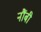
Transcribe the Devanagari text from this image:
नौंबी